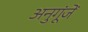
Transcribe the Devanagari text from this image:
अनुगूंजें